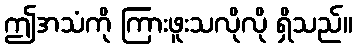
ဤအသံကို ကြားဖူးသလိုလို ရှိသည်။